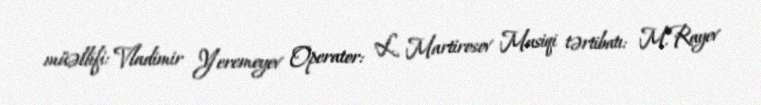
müəllifi: Vladimir Yeremeyev Operator: L. Martirosov Musiqi tərtibatı: M.Rayev